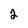
Character: 2